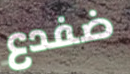
ضفدع